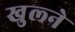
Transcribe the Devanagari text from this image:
खुल्ने